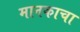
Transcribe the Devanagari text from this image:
मानकाचा